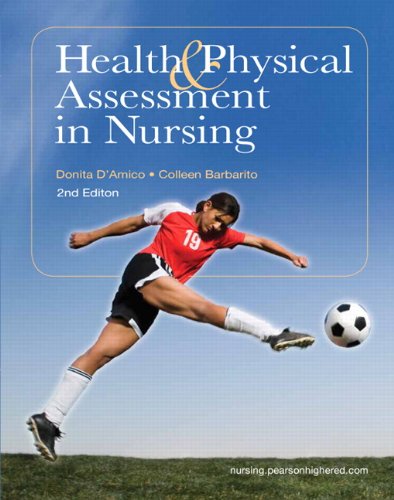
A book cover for Health & Physical Assessment in Nursing (2nd Edition); Donita T D'Amico; Medical Books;